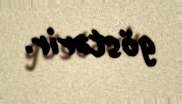
göstərir.